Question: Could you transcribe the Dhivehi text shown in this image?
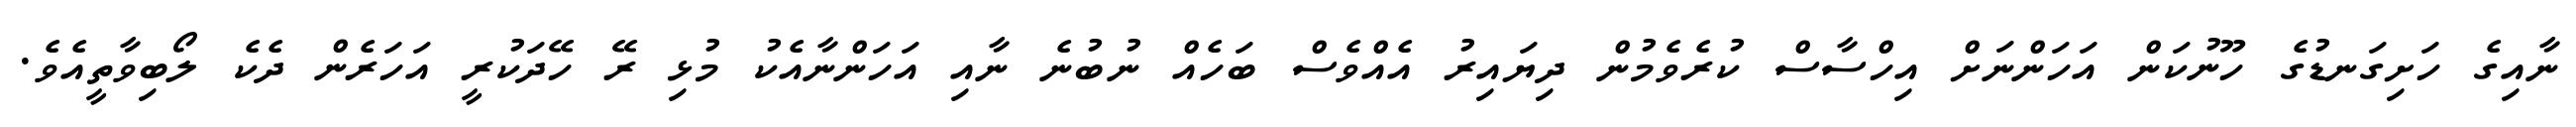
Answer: ނާއިގެ ހަށިގަނޑުގެ ހޫނުކަން އަހަންނަށް އިހްސާސް ކުރެވެމުން ދިޔައިރު އެއްވެސް ބަހެއް ނުބުނެ ނާއި އަހަންނާއެކު މުޅި ރޭ ހޭދަކުރީ އަހަރެން ދެކެ ލޯބިވާތީއެވެ.